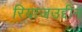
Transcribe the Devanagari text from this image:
रियाजउद्दीन